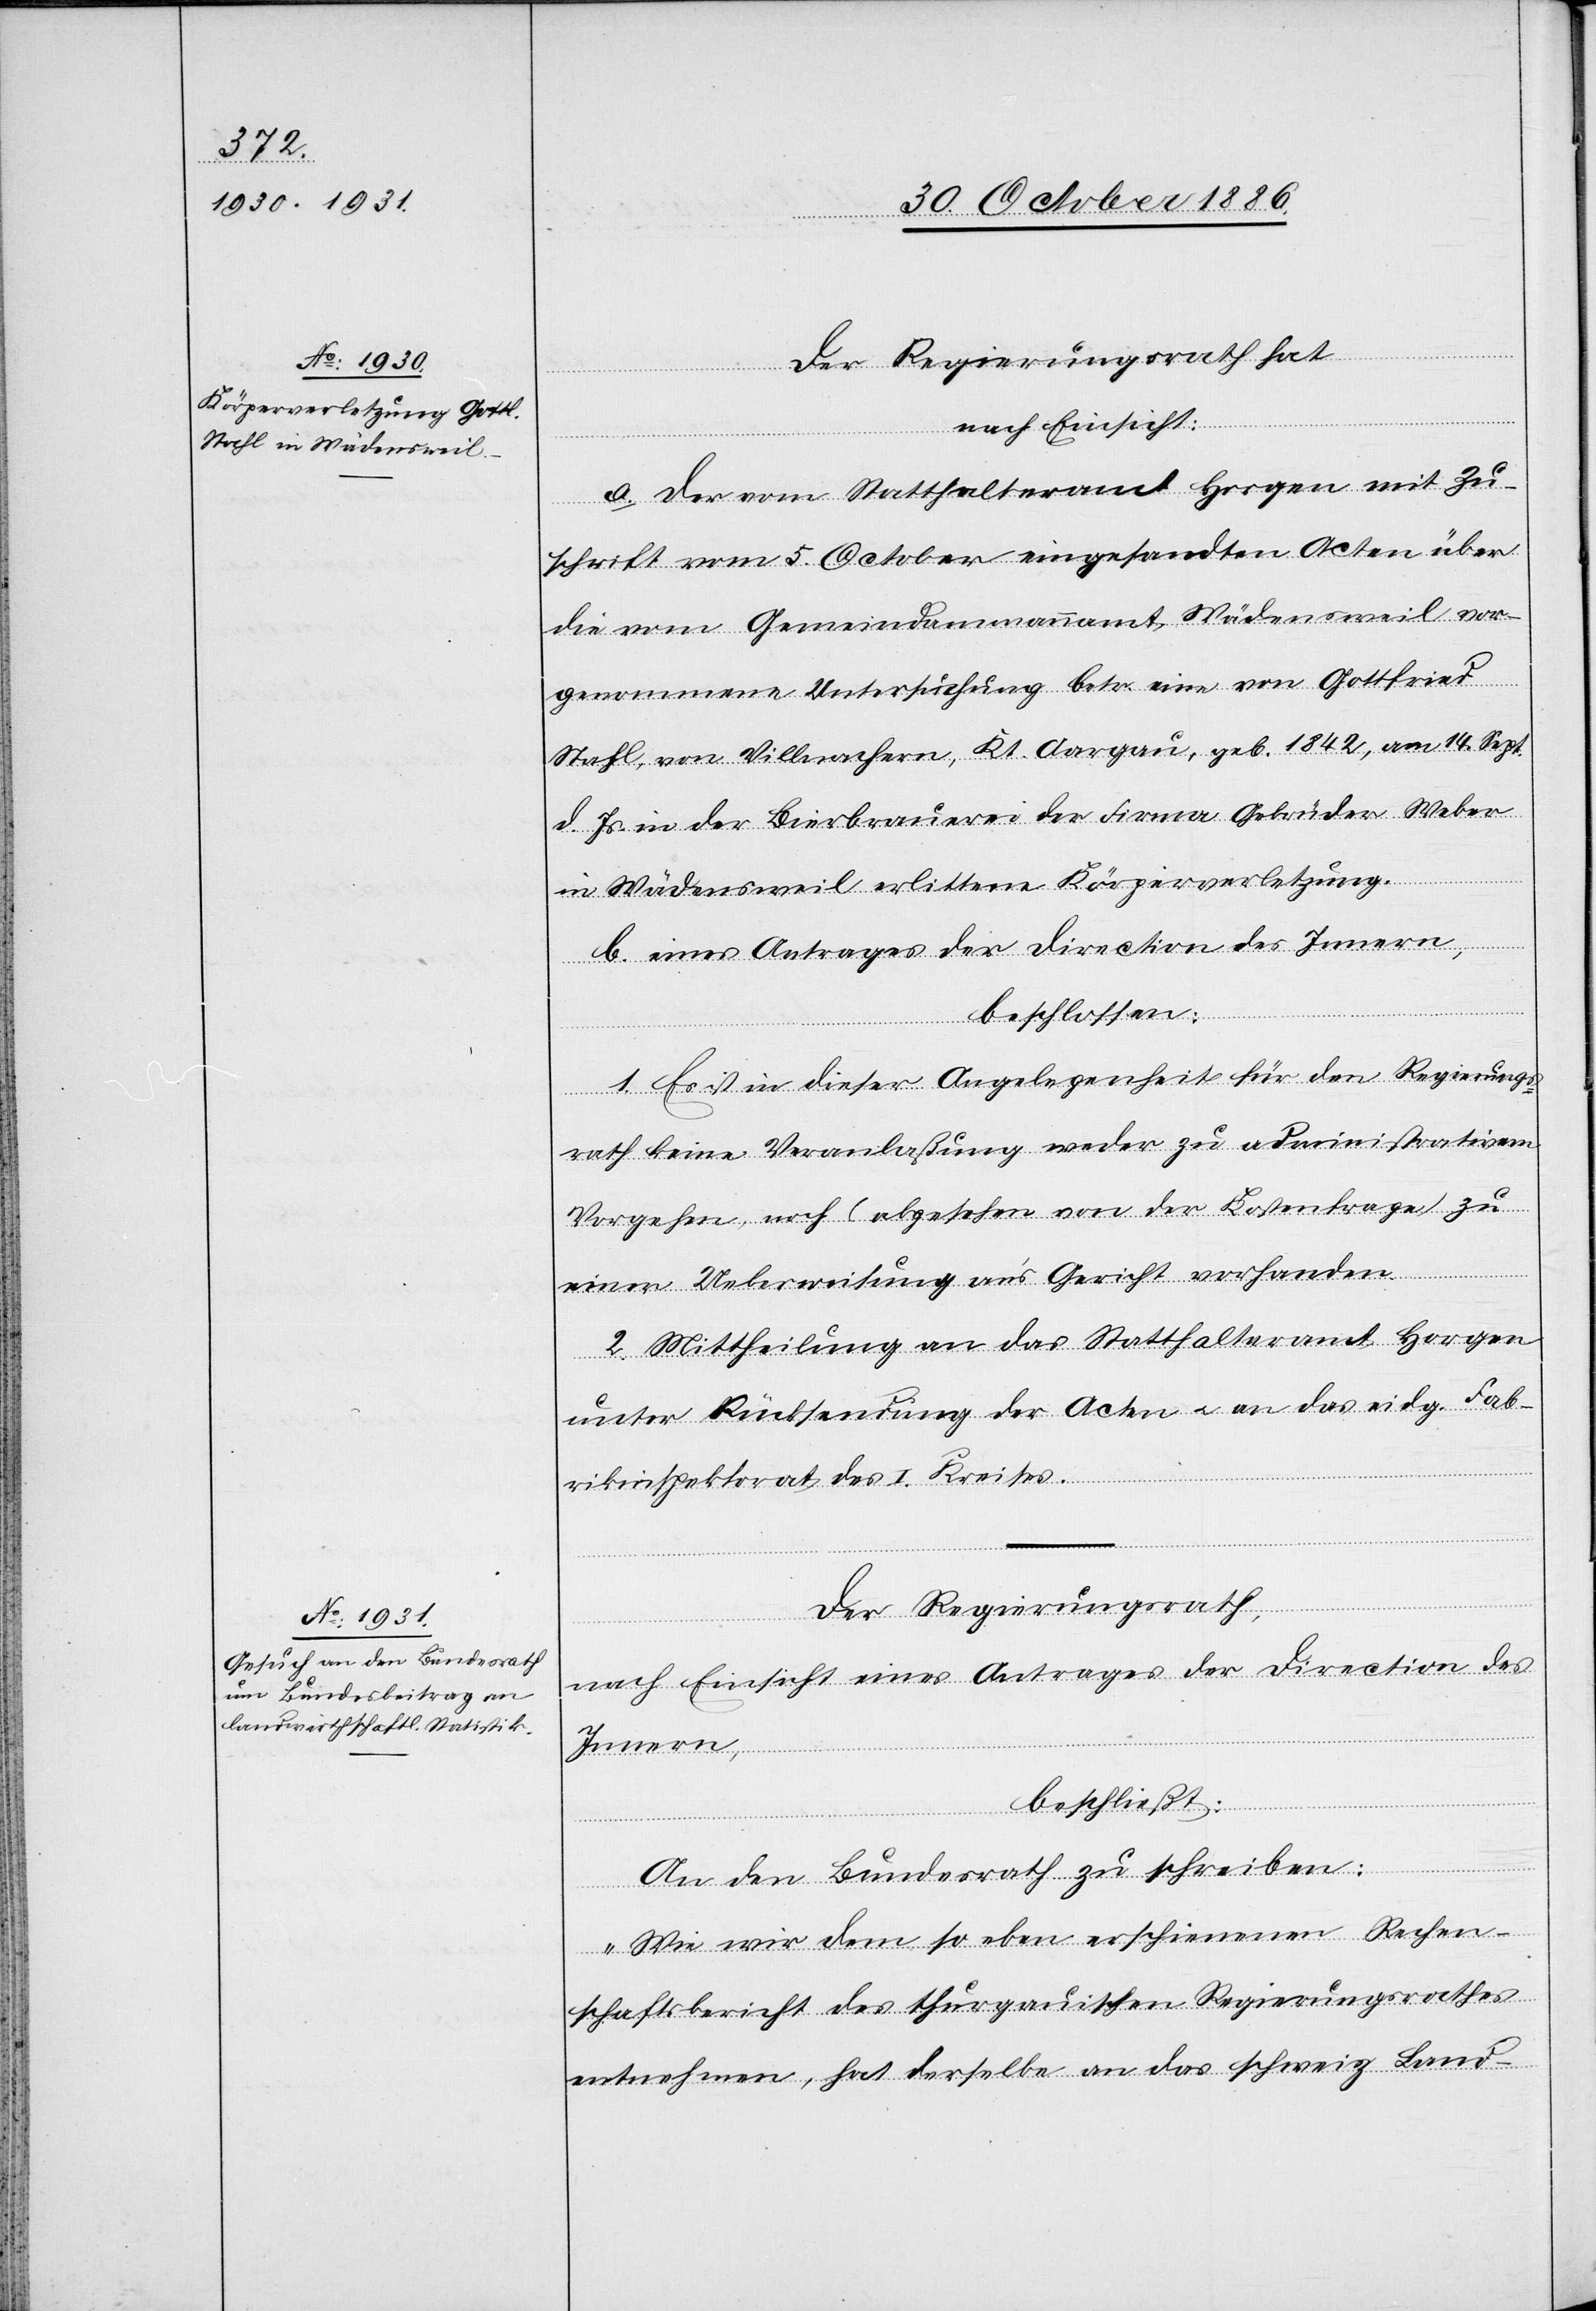
Der Regierungsrath hat
nach Einsicht:
a. der vom Statthalteramt Horgen mit Zu¬
schrift vom 5. October eingesandten Acten über
die vom Gemeindammannamt Wädensweil vor¬
genommene Untersuchung betr. eine von Gottfried
Stahl, von Villnachern, Kt. Aargau, geb. 1842, am 14. Sept.
d. Js. in der Bierbrauerei der Firma Gebrüder Weber
in Wädensweil erlittene Körperverletzung.
b. eines Antrages der Direction des Innern,
beschlossen:
1. Es ist in dieser Angelegenheit für den Regierungs¬
rath keine Veranlaßung weder zu administrativem
Vorgehen, noch (abgesehen von der Kostenfrage) zu
einer Ueberweisung an’s Gericht vorhanden.
2. Mittheilung an das Statthalteramt Horgen
unter Rücksendung der Acten & an das eidg. Fab¬
rikinspektorat des I. Kreises.
Der Regierungsrath,
nach Einsicht eines Antrages der Direction des
Innern,
beschließt:
An den Bundesrath zu schreiben:
„Wie wir dem so eben erschienenen Rechen¬
schaftsbericht des thurgauischen Regierungsrathes
entnehmen, hat derselbe an das schweiz. Land-